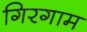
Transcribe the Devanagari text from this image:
गिरगाम